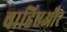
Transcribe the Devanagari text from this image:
चाहिएऔर